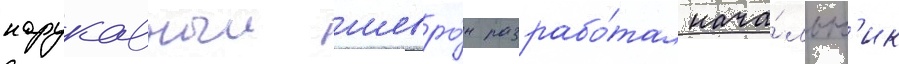
нарукавныи шевро́н разрабо́тал нача́льн'ик